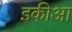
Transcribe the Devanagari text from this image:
इकीआ